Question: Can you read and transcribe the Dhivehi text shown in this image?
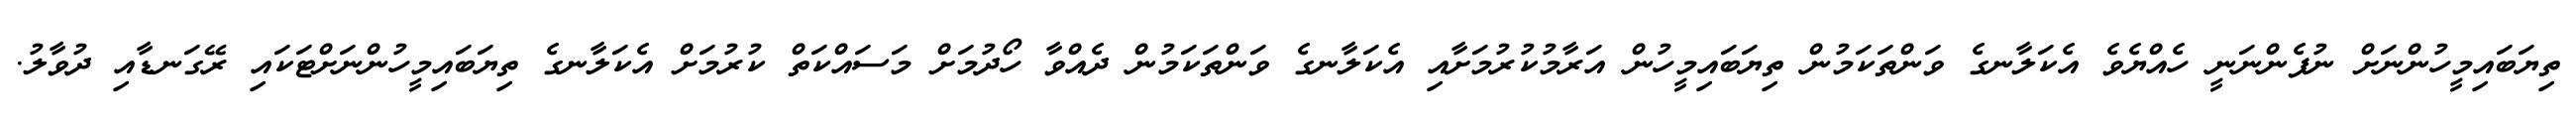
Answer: ތިޔަބައިމީހުންނަށް ނުފެންނަނީ ހެއްޔެވެ އެކަލާނގެ ވަންތަކަމުން ތިޔަބައިމީހުން އަރާމުކުރުމަށާއި އެކަލާނގެ ވަންތަކަމުން ދެއްވާ ހޯދުމަށް މަސައްކަތް ކުރުމަށް އެކަލާނގެ ތިޔަބައިމީހުންނަށްޓަކައި ރޭގަނޑާއި ދުވާލު.